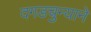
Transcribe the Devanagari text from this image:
दगडचुन्याने